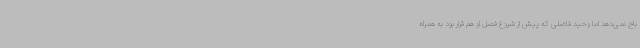
باج نمی‌دهد اما وحید فاضلی که پیش از شروع فصل او هم قرار بود به همراه